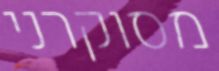
מסוקרני